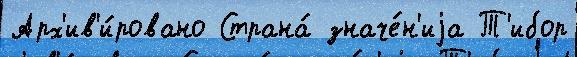
Арх'ив'и́ровано Страна́ значе́н'иjа Т'ибор